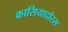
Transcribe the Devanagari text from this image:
कासियादोरस